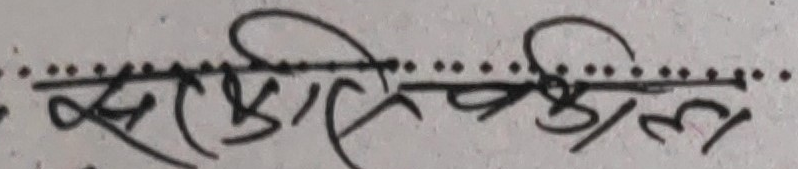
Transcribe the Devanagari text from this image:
सेक्रेटरी